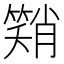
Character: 𮆂